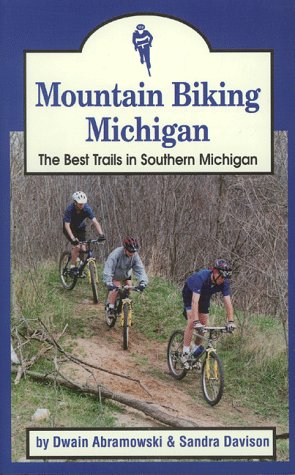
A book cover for Mountain Biking Michigan: The Best Trails in Southern Michigan (Mountain Biking Michigan's Best Trails); Dwain Abramowski; Travel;